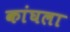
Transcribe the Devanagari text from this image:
कांघला